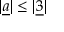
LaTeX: | \underline { { { a } } } | \leq | \underline { { { 3 } } } |